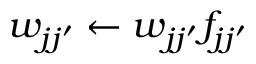
w _ { j j ^ { \prime } } \gets w _ { j j ^ { \prime } } f _ { j j ^ { \prime } }